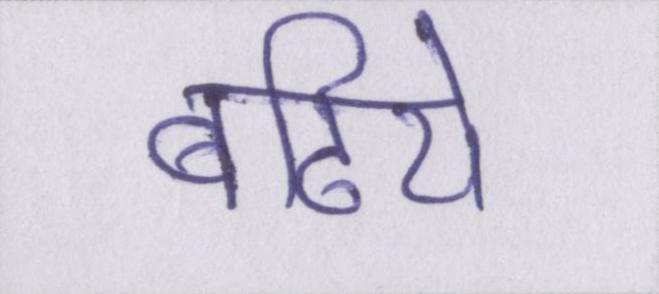
बढिये